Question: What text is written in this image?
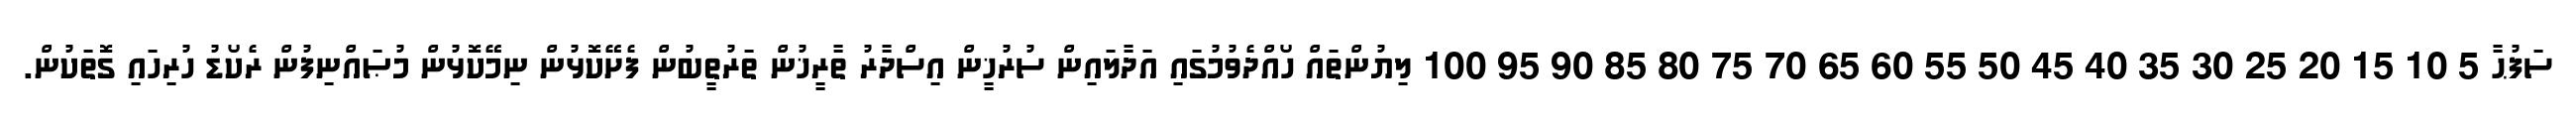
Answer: ސަފުޙާ 5 10 15 20 25 30 35 40 45 50 55 60 65 70 75 80 85 90 95 100 ލިޔުންތައް ހޯއްދެވުމުގައި އަދާލައިން ސުރުޚީން އިސްދާރު ތާރީޚުން ތަރުތީބުން ފެށޭކޮޅުން ނިމޭކޮޅުން މުޞައްނިފުން ރެކޯޑު ހުރިހައި ގޮތަކުން.